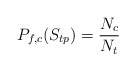
\begin{align*}P_{f,c}(S_{tp})=\frac{N_c}{N_t}\end{align*}